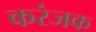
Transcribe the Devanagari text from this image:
करंजक